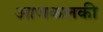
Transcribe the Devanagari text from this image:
आजकलकी